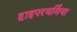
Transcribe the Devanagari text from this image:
हाइपरथर्मिया